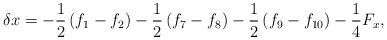
LaTeX: \begin{align*}\delta x = - \frac{1}{2}\left( {{f_1} - {f_2}} \right) - \frac{1}{2}\left( {{f_7} - {f_8}} \right) - \frac{1}{2}\left( {{f_9} - {f_{10}}} \right) - \frac{1}{4}{F_x},\end{align*}